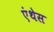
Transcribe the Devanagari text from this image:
एंथेस